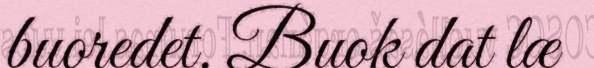
buoredet. Buok dat læ